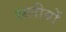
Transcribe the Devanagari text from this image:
सलीबों